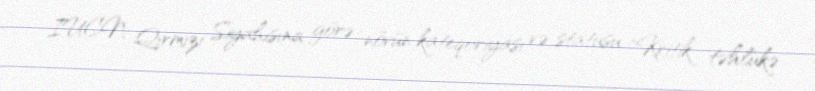
IUCN Qırmızı Siyahısına görə növün kateqoriyası və statusu "Kritik təhlükə